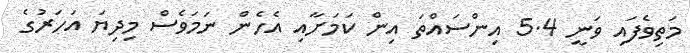
މަތިވެފައި ވަނީ 5.4 އިންސައްތަ އިން ކަމަށާއި އެހެން ނަމަވެސް މިދިޔަ އަހަރުގެ